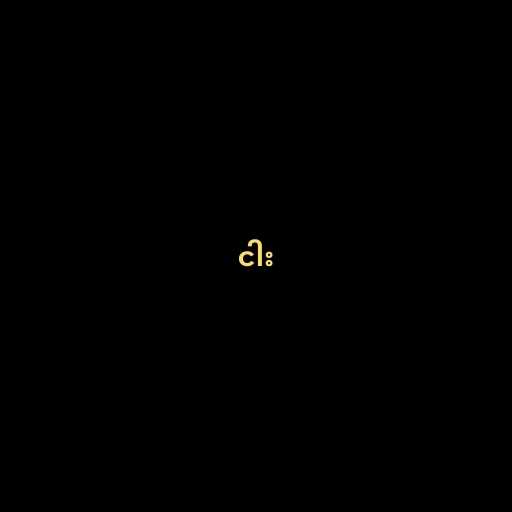
ငါး